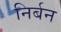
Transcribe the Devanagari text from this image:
निर्बन